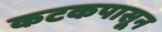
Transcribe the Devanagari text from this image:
कटकपासून